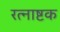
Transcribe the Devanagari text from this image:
रत्नाष्टक